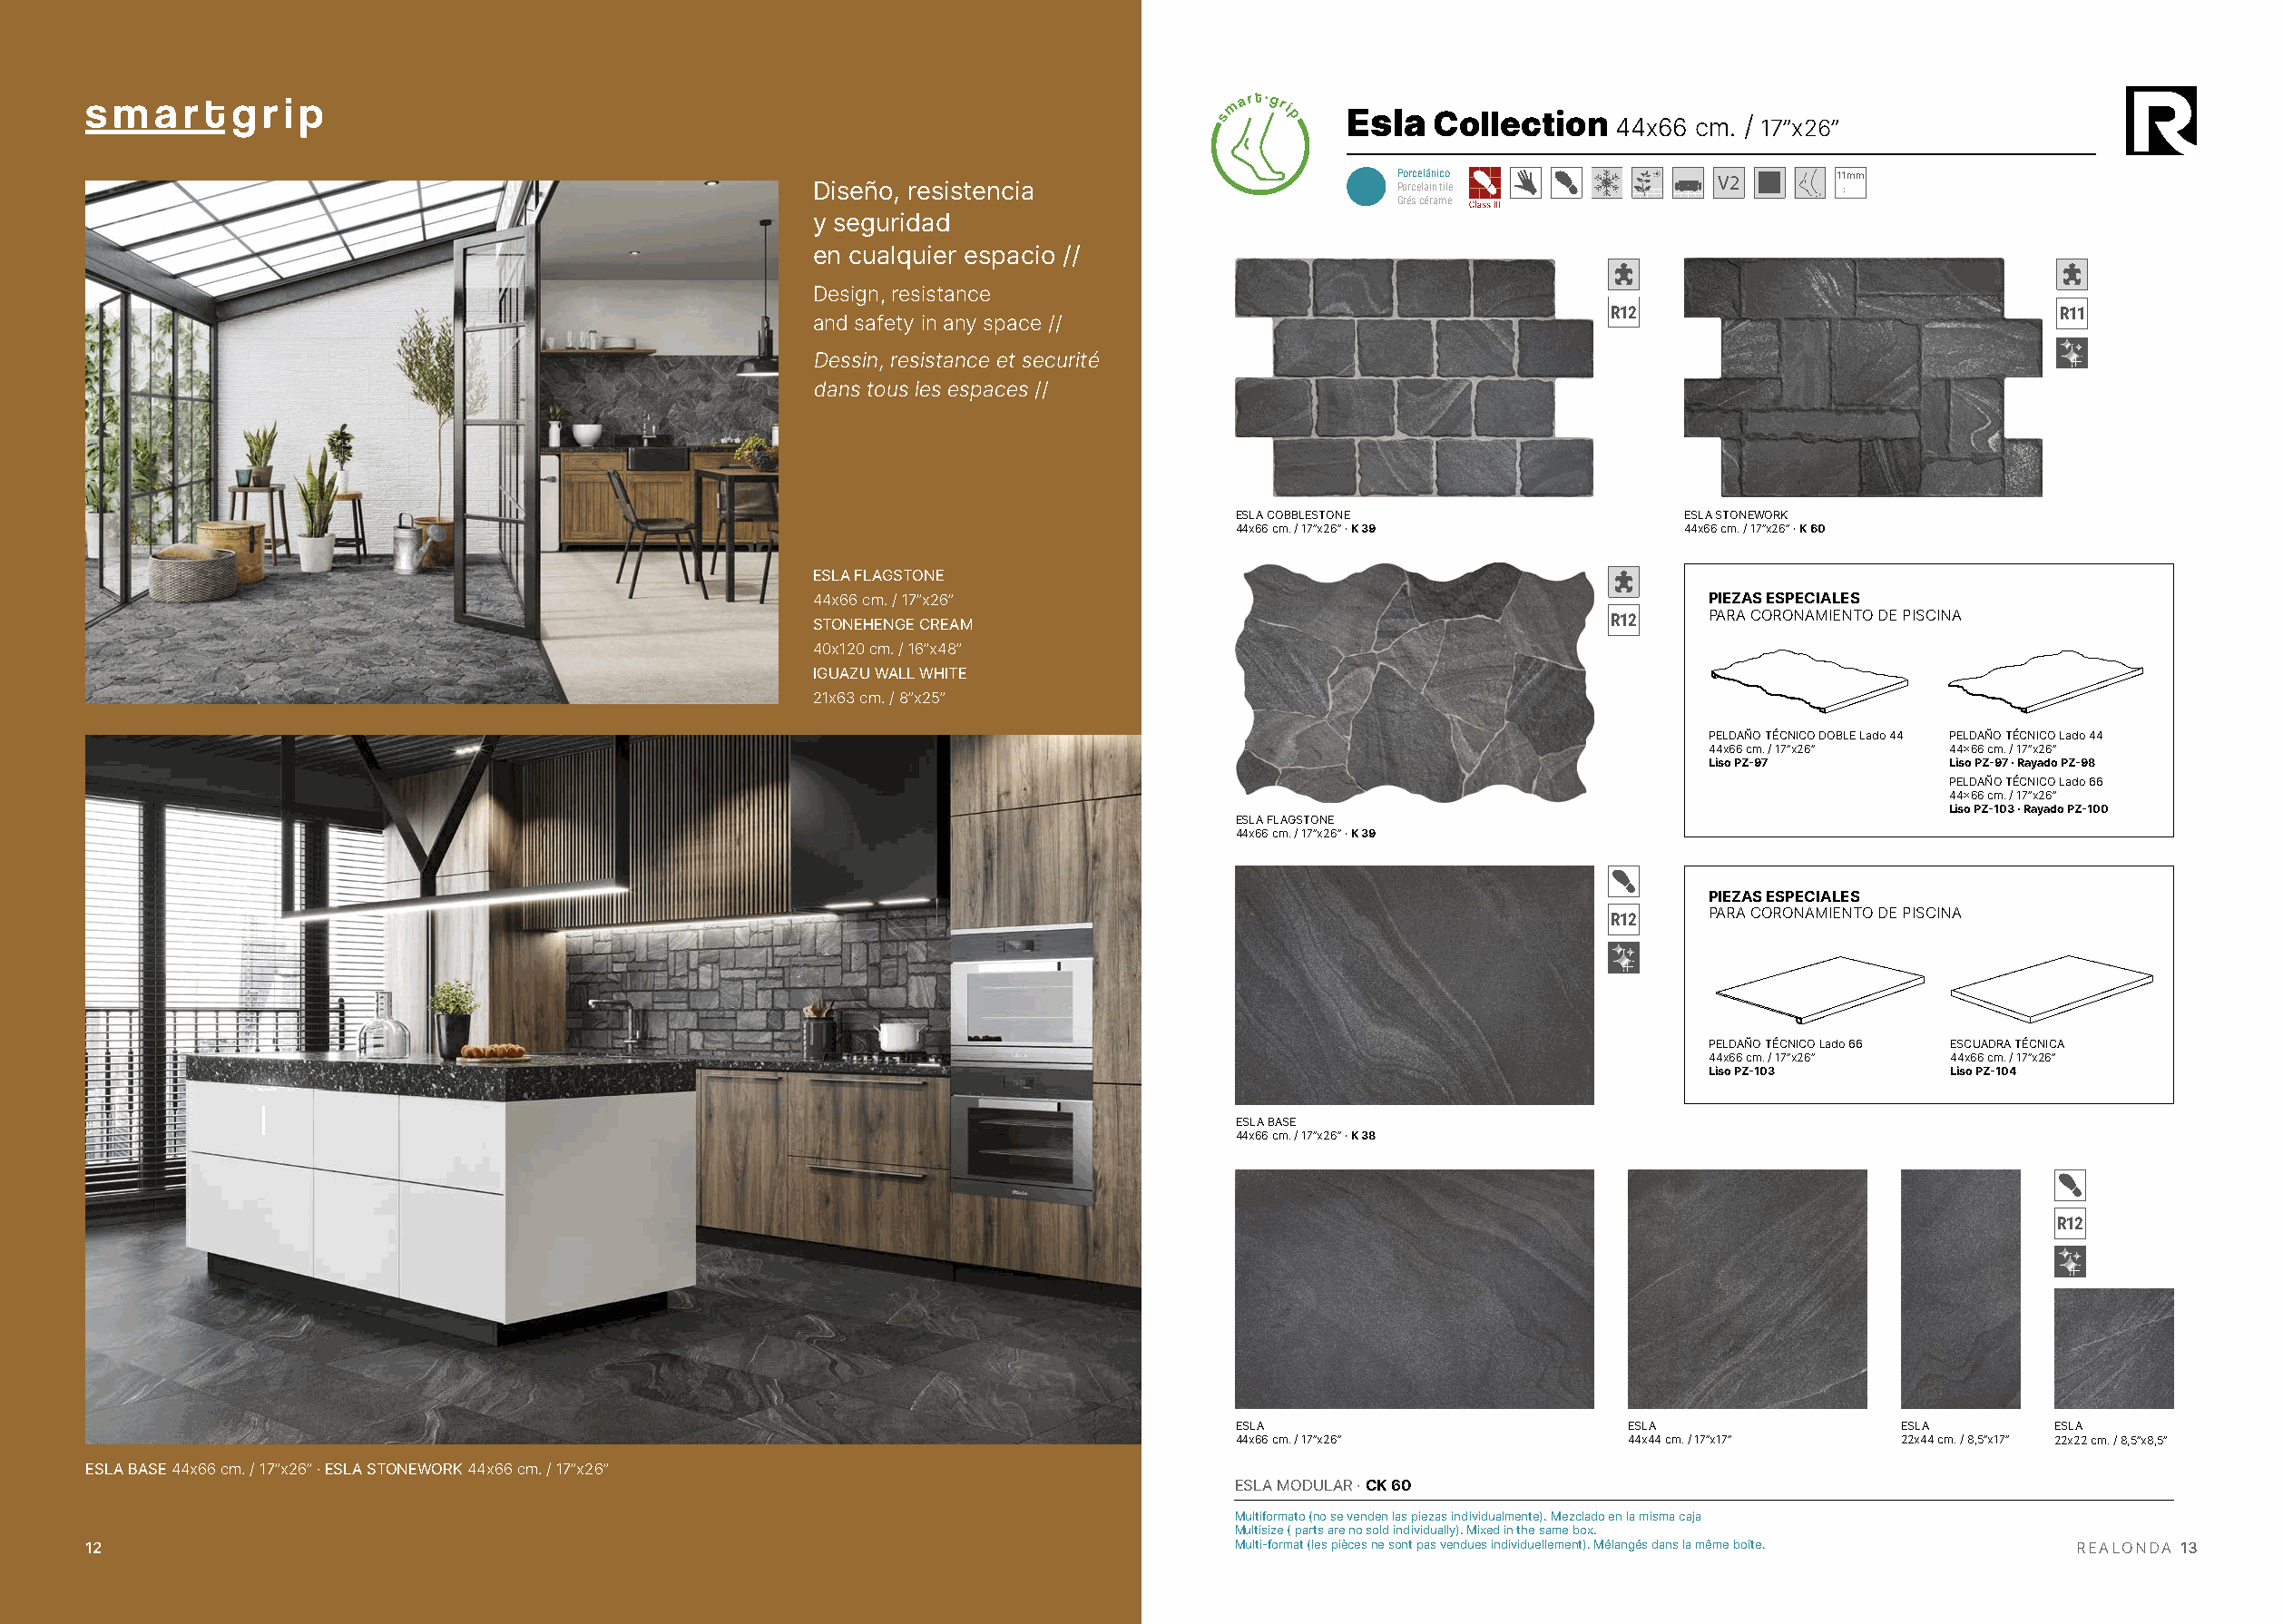
Esla   Collection   44x66 cm. / 17”x26”
 Porcelánico                     11mm
 Diseño, resistencia                        Porcelain tile
 Grés cérame
 y seguridad
 en cualquier espacio //
 Design, resistance
 R12                             R11
 and safety in any space //
 Dessin, resistance et securité
 dans tous les espaces //
 ESLA COBBLESTONE                 ESLA STONEWORK
 44x66 cm. / 17”x26” · K 39       44x66 cm. / 17”x26” · K 60
 ESLA FLAGSTONE
 44x66 cm. / 17”x26”                                               PIEZAS ESPECIALES
 STONEHENGE CREAM                                           R12    PARA CORONAMIENTO DE PISCINA
 40x120 cm. / 16”x48”
 IGUAZU WALL WHITE
 21x63 cm. / 8”x25”
 PELDAÑO TÉCNICO DOBLE Lado 44 PELDAÑO TÉCNICO Lado 44
 44x66 cm. / 17”x26” 44×66 cm. / 17”x26”
 Liso PZ-97       Liso PZ-97 · Rayado PZ-98
 PELDAÑO TÉCNICO Lado 66
 44×66 cm. / 17”x26”
 Liso PZ-103 · Rayado PZ-100
 ESLA FLAGSTONE
 44x66 cm. / 17”x26” · K 39
 PIEZAS ESPECIALES
 R12    PARA CORONAMIENTO DE PISCINA
 PELDAÑO TÉCNICO Lado 66 ESCUADRA TÉCNICA
 44x66 cm. / 17”x26” 44x66 cm. / 17”x26”
 Liso PZ-103      Liso PZ-104
 ESLA BASE
 44x66 cm. / 17”x26” · K 38
 R12
 ESLA                         ESLA                ESLA       ESLA
 44x66 cm. / 17”x26”          44x44 cm. / 17”x17” 22x44 cm. / 8,5”x17” 22x22 cm. / 8,5”x8,5”
 ESLA BASE 44x66 cm. / 17”x26” · ESLA STONEWORK 44x66 cm. / 17”x26”
 ESLA MODULAR · CK 60
 Multiformato (no se venden las piezas individualmente). Mezclado en la misma caja
 Multisize ( parts are no sold individually). Mixed in the same box.
 12                                                                                  Multi-format (les pièces ne sont pas vendues individuellement). Mélangés dans la même boîte. REALONDA 13